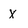
Character: X